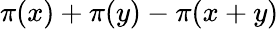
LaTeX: \pi(x)+\pi(y)-\pi(x+y)